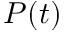
P ( t )